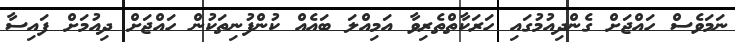
ނަމަވެސް ހައްޖަށް ގެންދިއުމުގައި ހަރަކާތްތެރިވާ އަމިއްލަ ބައެއް ކުންފުނިތަކުން ހައްޖަށް ދިއުމަށް ފައިސާ